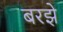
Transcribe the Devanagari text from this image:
बरझे